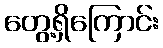
တွေ့ရှိကြောင်း